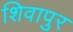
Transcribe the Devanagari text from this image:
शिवापुर